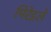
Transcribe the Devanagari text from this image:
मिरेइले